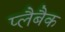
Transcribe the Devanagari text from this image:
प्लैबैक